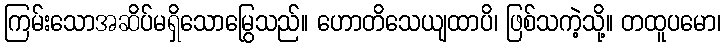
ကြမ်းသောအဆိပ်မရှိသောမြွေသည်။ ဟောတိသေယျထာပိ၊ ဖြစ်သကဲ့သို့။ တထူပမော၊